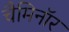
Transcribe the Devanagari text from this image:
चैमिनॉर